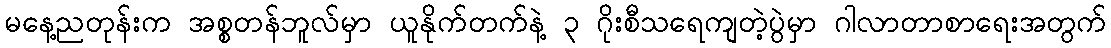
မနေ့ညတုန်းက အစ္စတန်ဘူလ်မှာ ယူနိုက်တက်နဲ့ ၃ ဂိုးစီသရေကျတဲ့ပွဲမှာ ဂါလာတာစာရေးအတွက်